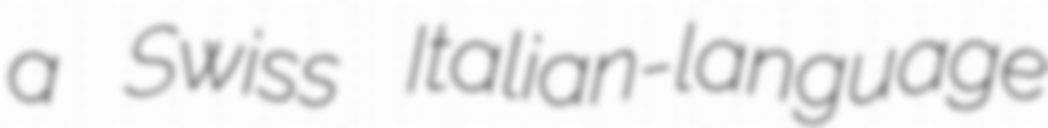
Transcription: a Swiss Italian-language